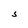
Character: S